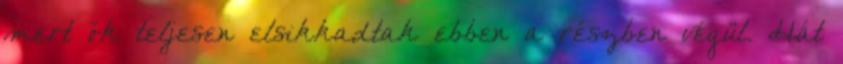
mert ők teljesen elsikkadtak ebben a részben végül. Hát